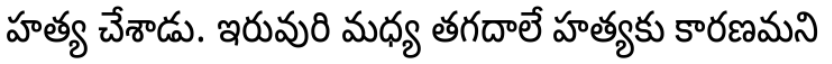
హత్య చేశాడు. ఇరువురి మధ్య తగదాలే హత్యకు కారణమని